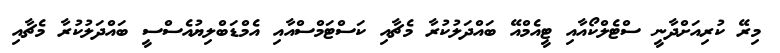
މިރޭ ކުރިއަށްދާނީ ސްޓެލްކޯއާއި ޓީއެމްއޭ ބައްދަލުކުރާ މެޗާއި ކަސްޓަމްސްއާއި އެމްޑަބްލިޔުއެސްސީ ބައްދަލުކުރާ މެޗާއި